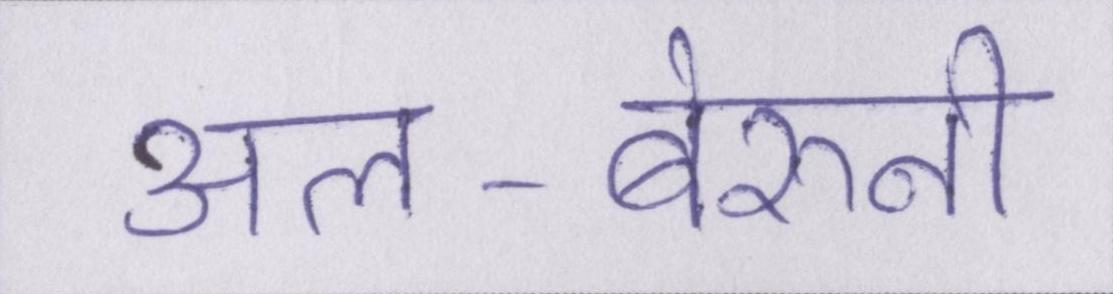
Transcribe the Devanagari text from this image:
अल-बेरुनी